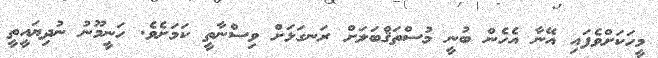
މީހަކަށްވެފައި އޭނާ އެހެން ބުނީ މުސްތަޤްބަލަށް ރަނގަޅަށް ވިސްނާތީ ކަމަށެވެ. ހަނީމޫނު ނުދިޔައީތީ